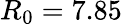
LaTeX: R_{0}=7.85